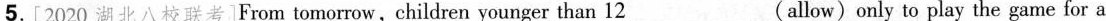
5.[2020 湖北八校联考]From tomorrow,children younger than 12___(allow)only to play the game for a